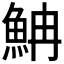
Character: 𩶎